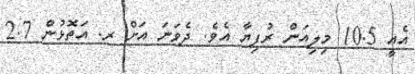
އެއީ 10.5 މިލިއަން ރުފިޔާ އެވެ. ދެވަނަ އަށް ރ. އަތޮޅުން 2.7